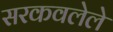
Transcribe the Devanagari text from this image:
सरकवलेले